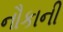
નૌકાની